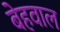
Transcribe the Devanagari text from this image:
बेहवाल